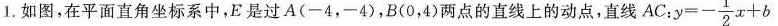
1.如图，在平面直角坐标系中，E是过A(=4，-4)，B(0，4)两点的直线上的动点，直线AC :$$y=- \frac{1}{2}x+b$$